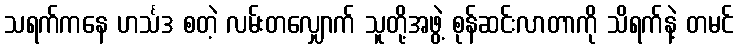
သရက်ကနေ ဟင်္သဒ စတဲ့ လမ်းတလျှောက် သူတို့အဖွဲ့ စုန်ဆင်းလာတာကို သိရက်နဲ့ တမင်